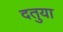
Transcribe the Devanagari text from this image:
दतुया